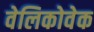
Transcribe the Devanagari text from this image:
वेलिकोवेक